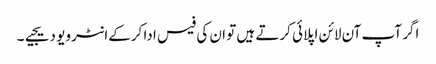
اگر آپ آن لائن اپلائی کرتے ہیں تو ان کی فیس ادا کرکےانٹرویو دیجیے۔